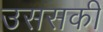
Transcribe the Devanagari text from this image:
उससकी